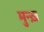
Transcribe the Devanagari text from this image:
मुन्ख़